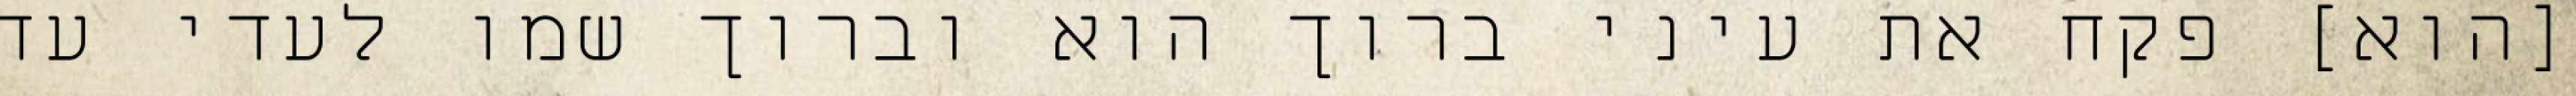
[הוא] פקח את עיני ברוך הוא וברוך שמו לעדי עד